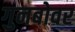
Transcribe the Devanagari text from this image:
गुनबोवर